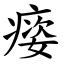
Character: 㾳